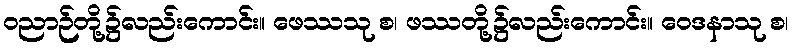
ဝညာဉ်တို့၌လည်းကောင်း။ ဖေဿသု စ၊ ဖဿတို့၌လည်းကောင်း။ ဝေဒနာသု စ၊